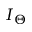
I _ { \Theta }